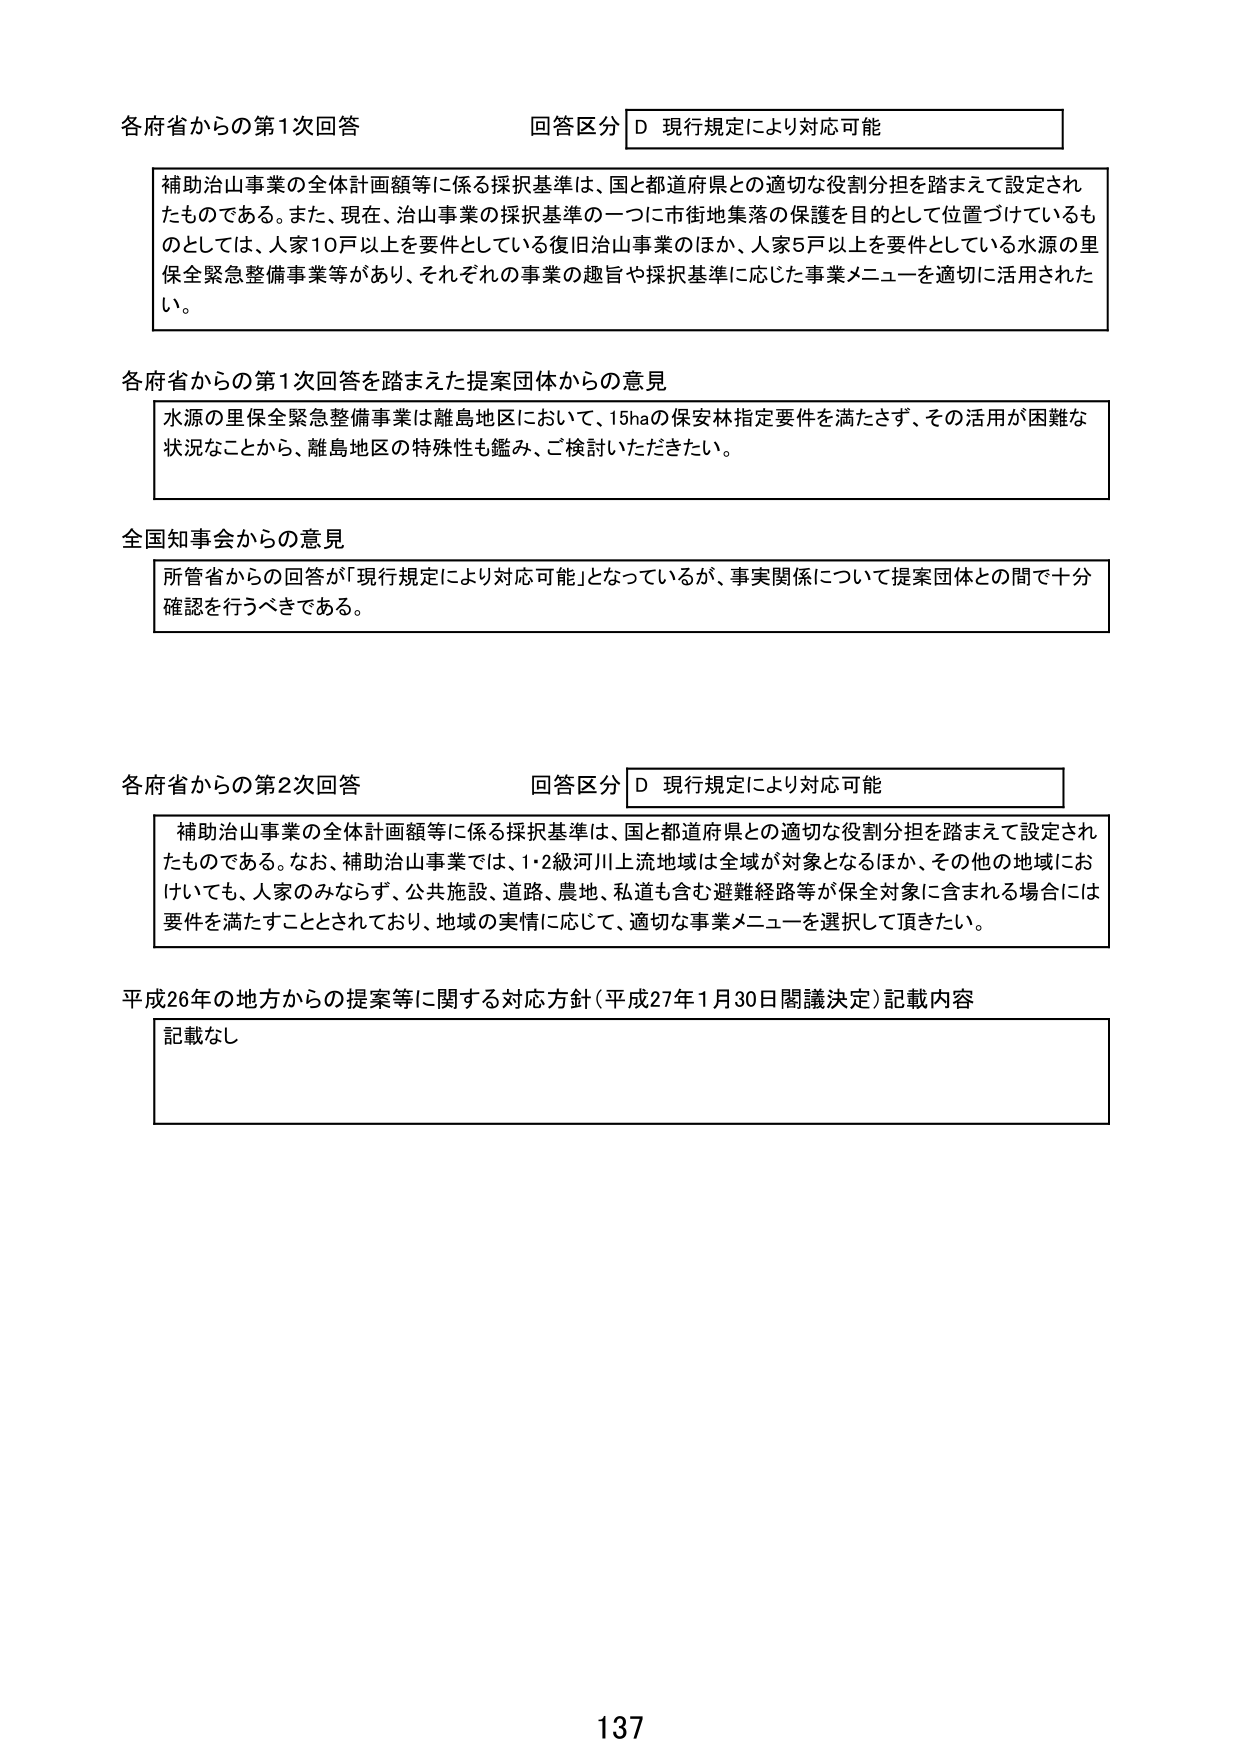
各府省からの第1次回答 回答区分 D 現行規定により対応可能

補助治山事業の全体計画額等に係る採択基準は、国と都道府県との適切な役割分担を踏まえて設定されたものである。また、現在、治山事業の採択基準の一つに市街地集落の保護を目的として位置づけているものとしては、人家10戸以上を要件としている復旧治山事業のほか、人家5戸以上を要件としている水源の里保全緊急整備事業等があり、それぞれの事業の趣旨や採択基準に応じた事業メニューを適切に活用されたい。

各府省からの第1次回答を踏まえた提案団体からの意見

水源の里保全緊急整備事業は離島地区において、15haの保安林指定要件を満たさず、その活用が困難な状況なことから、離島地区の特殊性も鑑み、ご検討いただきたい。

全国知事会からの意見

所管省からの回答が「現行規定により対応可能」となっているが、事実関係について提案団体との間で十分確認を行うべきである。

各府省からの第2次回答 回答区分 D 現行規定により対応可能

補助治山事業の全体計画額等に係る採択基準は、国と都道府県との適切な役割分担を踏まえて設定されたものである。なお、補助治山事業では、1・2級河川上流地域は全域が対象となるほか、その他の地域においても、人家のみならず、公共施設、道路、農地、私道も含む避難経路等が保全対象に含まれる場合には要件を満たすこととされており、地域の実情に応じて、適切な事業メニューを選択して頂きたい。

平成26年の地方からの提案等に関する対応方針（平成27年1月30日閣議決定）記載内容

記載なし

137